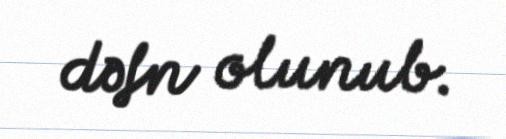
dəfn olunub.